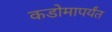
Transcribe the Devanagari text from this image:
कडोमापर्यंत